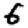
Digit: 6